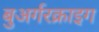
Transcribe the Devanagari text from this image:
बुअर्गरक्राइग